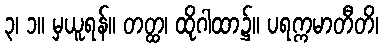
၃၊ ၁။ မှယူရန်။ တတ္ထ၊ ထိုဂါထာ၌။ ပရက္ကမာတီတိ၊